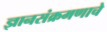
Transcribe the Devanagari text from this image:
ज्ञानसंक्रमणाचे